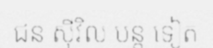
ជន ស៊ីវិល បន្ត ទៀត